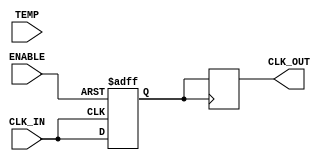
module TempCompClockBuffer (
    input wire CLK_IN,          // Input clock signal
    input wire [7:0] TEMP,     // Temperature input (simulated)
    output reg CLK_OUT,         // Buffered clock output
    input wire ENABLE           // Enable signal for the buffer
);

// Parameters for temperature compensation (example values)
parameter TEMP_THRESHOLD = 8'd25; // Example threshold temperature in degrees Celsius
parameter DRIVE_STRENGTH_LOW = 2'b00; // Low drive strength
parameter DRIVE_STRENGTH_HIGH = 2'b11; // High drive strength

// Internal signals
reg [1:0] drive_strength; // Drive strength control
reg clk_buffered;         // Buffered clock signal

// Clock buffer logic
always @(posedge CLK_IN or negedge ENABLE) begin
    if (!ENABLE) begin
        clk_buffered <= 1'b0; // Reset buffered clock when disabled
    end else begin
        // Adjust drive strength based on temperature
        if (TEMP < TEMP_THRESHOLD) begin
            drive_strength <= DRIVE_STRENGTH_LOW; // Low drive strength for low temp
        end else begin
            drive_strength <= DRIVE_STRENGTH_HIGH; // High drive strength for high temp
        end
        
        // Buffering logic (simple example)
        if (drive_strength == DRIVE_STRENGTH_HIGH) begin
            clk_buffered <= CLK_IN; // Directly pass the clock
        end else begin
            // Simulate a delay for low drive strength
            clk_buffered <= #1 CLK_IN; // Introduce a delay
        end
    end
end

// Output assignment
always @(posedge clk_buffered) begin
    CLK_OUT <= clk_buffered; // Output the buffered clock
end

endmodule